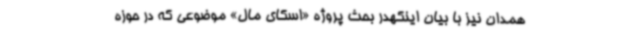
همدان نیز با بیان اینکهدر بحث پروژه «اسکای مال» موضوعی که در حوزه